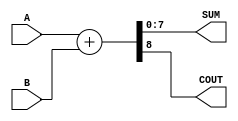
module parameterized_adder #(parameter WIDTH = 8) (
    input  [WIDTH-1:0] A,    // First input
    input  [WIDTH-1:0] B,    // Second input
    output [WIDTH-1:0] SUM,   // Sum output
    output COUT              // Carry-out output
);

    // Perform addition and handle carry-out
    assign {COUT, SUM} = A + B;

endmodule